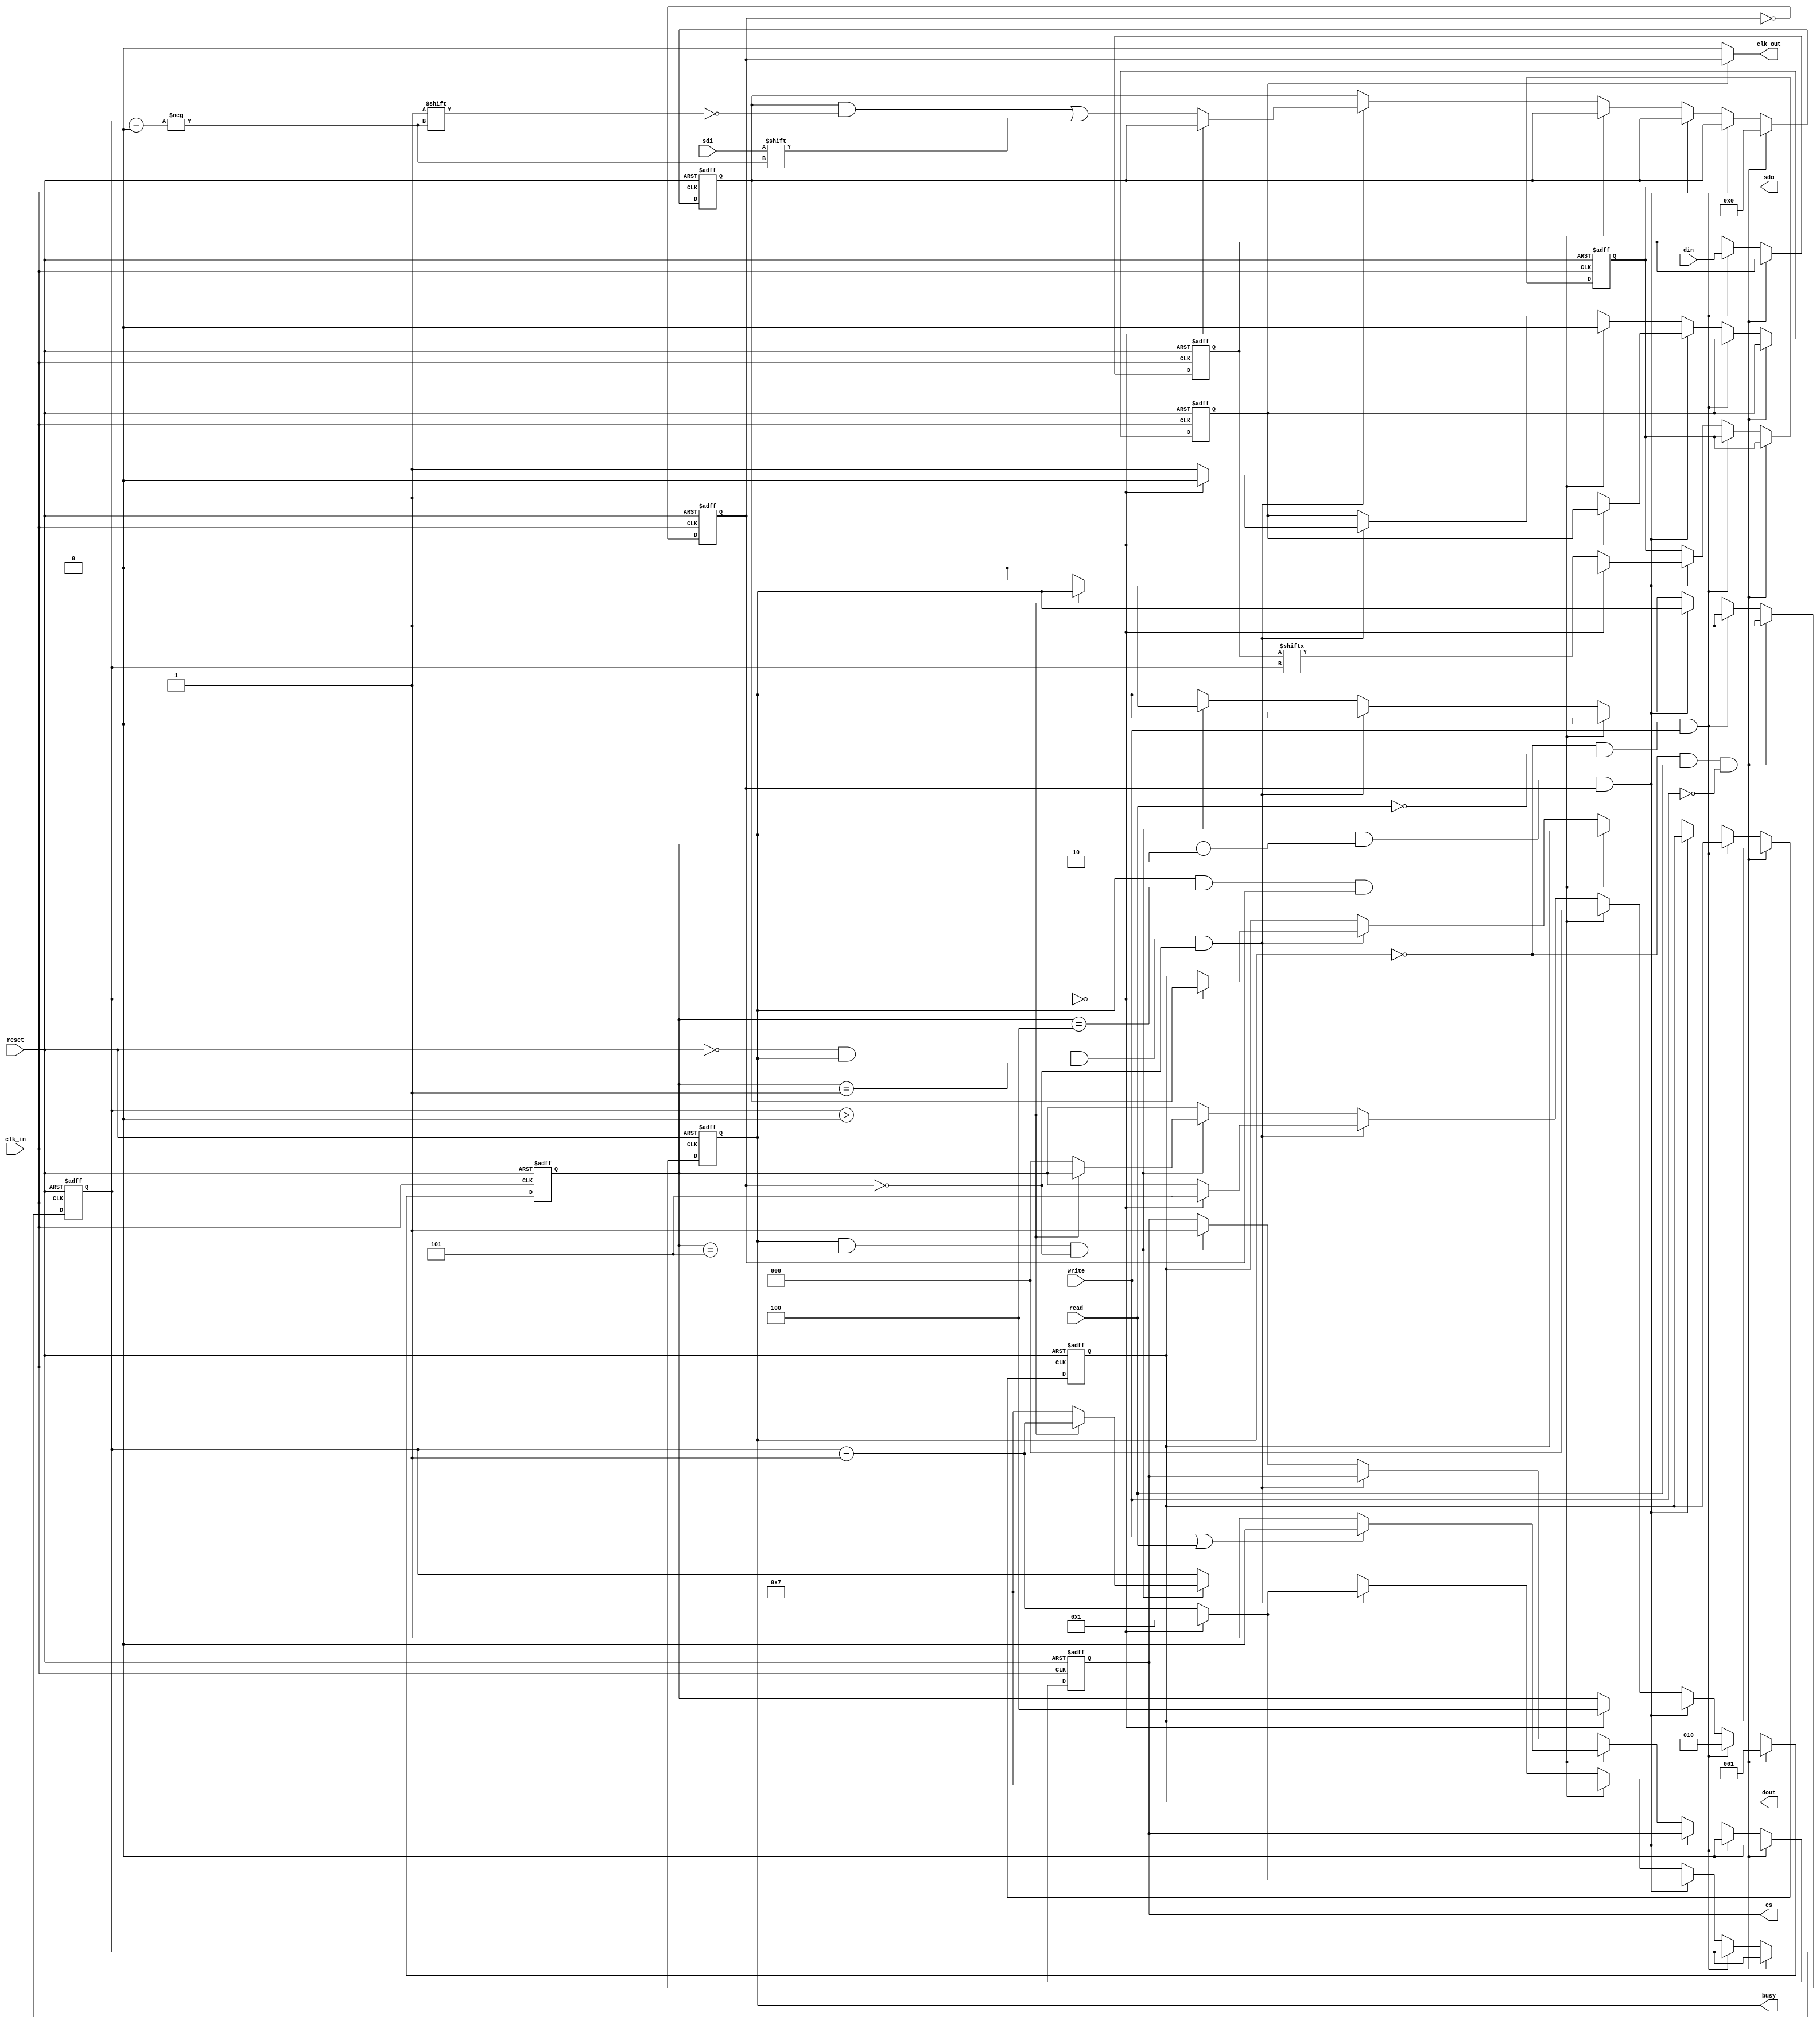
/* SPI Peripheral */
`default_nettype none
`timescale 1ns/1ns
module spi (
		input				reset,
		input				clk_in,

		input				read,
		input				write,

		input[7:0]			din,
		output reg[7:0]		dout,

		/* Get size for command */

		/* Busy signal for higher level control */
		output reg			busy,

		/* SPI interface */
		input				sdi,
		output reg 			sdo,
		output				clk_out,
		output reg			cs

	);

	/* Operation state */
	`define OP_NOP			0
	`define OP_READ			1
	`define OP_WRITE		2
	`define OP_READWRITE	3
	`define OP_W_WAIT_CS	4
	`define OP_R_WAIT_CS	5
	reg [2:0] op;

	/* Data word to transmit */
	reg [7:0] data_w;
	reg [7:0] data_r;

	/* Used for gating output clock */
	reg clk_gate; 

	/* Clock divider */
	reg clk_div;

	/* counter for which bit to shift out, and clock output */
	reg [3:0] counter;

	/* Use clk/2 as spi clock output SPI clock to output when clock is not gated */
	assign clk_out = clk_gate ? clk_div : 1'b0;

	/* Positive edge operations */
	always @(posedge clk_in or posedge reset) begin
		if( reset ) begin
			/* clear out registers */
			dout <= 0;
			busy <= 0;

			op <= `OP_NOP;
			data_w <= 0;
			data_r <= 0;
			clk_gate <= 1'b0;
			clk_div <= 1'b0;
			counter <= 7;

			sdo <= 1'b0;
			cs <= 1'b1;
		end

		else begin
			/* Clock divider */
			clk_div <= ~clk_div;

			/* Only reading */
			if( !busy && read && !write ) begin
				busy <= 1'b1;
				op <= `OP_READ;
				data_r <= 0;	/* clear data, need to write to this */
				/* set CS */
				cs <= 1'b0;
			end

			/* Only writing */
			else if( !busy && !read && write ) begin
				/* Become busy since now writing data */
				busy <= 1'b1;
				op <= `OP_WRITE;
				data_w <= din;	/* Store data to write */
				/* set CS */
				cs <= 1'b0;
			end

			/* Writing data */
			else if( busy && ( op == `OP_WRITE ) && clk_div ) begin
				if( counter == 0 ) begin
					/* All data has been shifted out, wait for CS to go back
					* high */
					counter <= 1;
					op <= `OP_W_WAIT_CS;
					sdo <= 1'b0;
					
				end
				else begin

					clk_gate <= 1'b1;
					counter <= counter - 1;
					sdo <= data_w[counter];
				end
		
			end

			else if( busy && (op == `OP_W_WAIT_CS) && clk_div )begin
					/* No longer busy */

					clk_gate <= 1'b0;
					/* Allow for multibyte access to not set CS high too soon */
					if( write || read ) begin
						cs <= 1'b0;
					end
					else begin
						cs <= 1'b1;
					end
					busy <= 1'b0;
					op <= `OP_NOP;
					counter <= 7;
			end
			/* Reading data */
			else if( !reset && busy && (op == `OP_READ) && !clk_div ) begin
				if( counter == 0 ) begin
					/* No longer busy, all data has been shifted in */
					counter <= 1;
					op <= `OP_R_WAIT_CS;
					clk_gate <= 1'b0;

					/* Write data that was read to output */
					dout <= data_r;
				end
				else begin
					data_r[counter] <= sdi;
					counter <= counter - 1;
					clk_gate <= 1'b1;
				end

			end
			else if( busy && (op == `OP_R_WAIT_CS) && !clk_div )begin
				cs <= 1'b1;
				if( counter > 0 ) begin
					counter <= counter - 1;	
				end
				else begin
					/* No longer busy */
					busy <= 1'b0;
					op <= `OP_NOP;
					counter <= 7;
				end
			end
		end

	end


endmodule